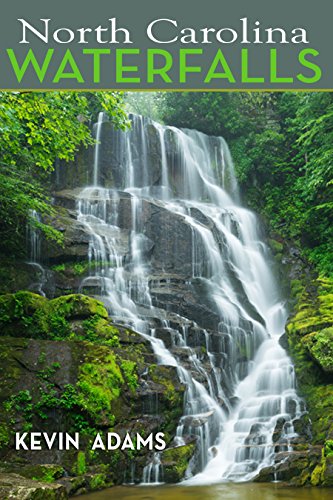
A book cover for North Carolina Waterfalls; Kevin Adams; Science & Math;